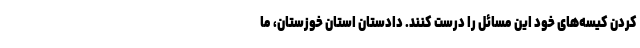
کردن کیسه‌های خود این مسائل را درست کنند. دادستان استان خوزستان، ما